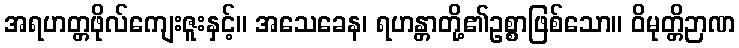
အရဟတ္တဖိုလ်ကျေးဇူးနှင့်။ အသေခေန၊ ရဟန္တာတို့၏ဥစ္စာဖြစ်သော။ ဝိမုတ္တိဉာဏ